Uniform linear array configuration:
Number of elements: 64
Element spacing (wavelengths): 0.5
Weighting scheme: hann
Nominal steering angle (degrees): -15
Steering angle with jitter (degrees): -16.277
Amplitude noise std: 0.05
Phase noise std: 0.05

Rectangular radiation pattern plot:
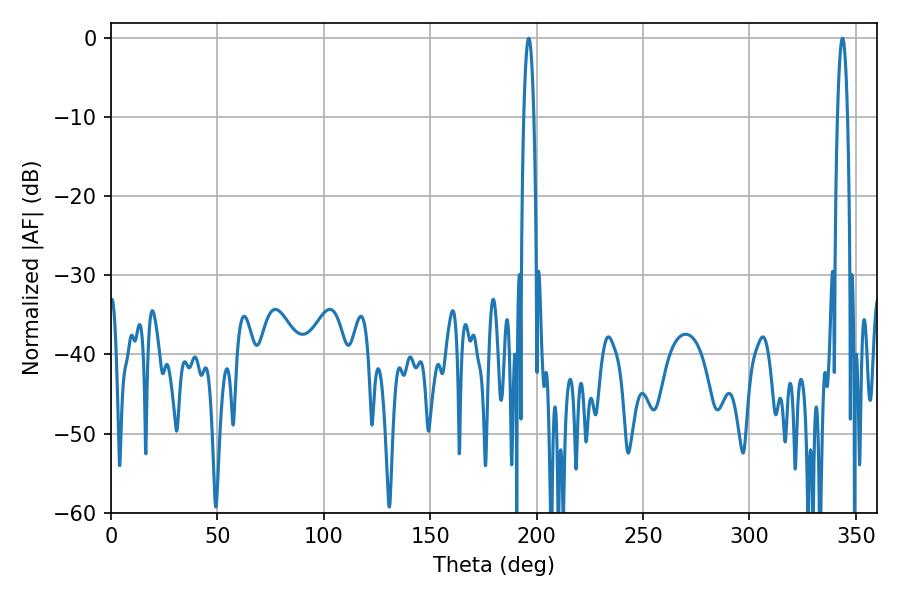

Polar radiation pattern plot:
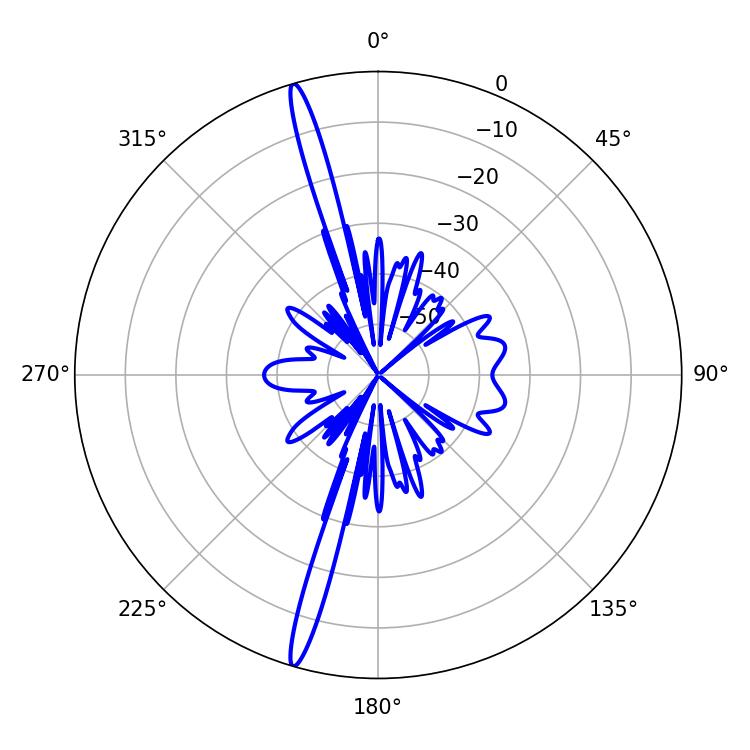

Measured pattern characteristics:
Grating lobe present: FALSE
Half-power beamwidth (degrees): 2.7
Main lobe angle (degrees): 196.2